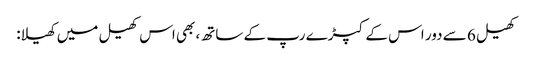
کھیل 6 سے دور اس کے کپڑے رپ کے ساتھ، بھی اس کھیل میں کھیلا: